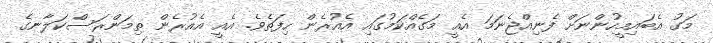
މަގު އެބައިމީހުންނަށް ފެނިއްޖެނަމަ އެއީ މަގެއްކަމުގައި އެއުރެން ހިފަތެވެ. އެއީ އެއުރެން ތިމަންރަސްކަލާނގެ